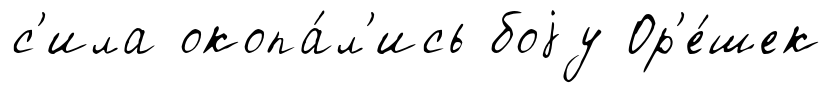
с'ила окопа́л'ись боjу Ор'е́шек